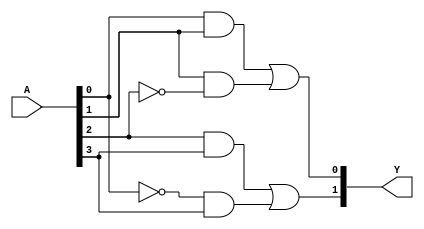
module FusedPAL (
    input wire [N-1:0] A,  // N-bit input vector
    output wire [M-1:0] Y  // M-bit output vector
);

// Parameters
parameter N = 4; // Number of inputs
parameter M = 2; // Number of outputs
parameter AND_TERMS = 4; // Number of fixed AND gates
parameter OR_TERMS = 2; // Number of programmable OR gates

// Fixed AND gates
wire [AND_TERMS-1:0] and_out;

// AND gate implementations
assign and_out[0] = A[0] & A[1];          // AND gate 1: A1 AND A2
assign and_out[1] = A[1] & ~A[2];         // AND gate 2: A2 AND NOT A3
assign and_out[2] = A[2] & A[3];          // AND gate 3: A3 AND A4
assign and_out[3] = ~A[0] & A[3];         // AND gate 4: NOT A1 AND A4

// Programmable OR gates
wire [OR_TERMS-1:0] or_out;

// OR gate implementations (programmable connections)
assign or_out[0] = and_out[0] | and_out[1]; // OR gate 1: AND gate 1 OR AND gate 2
assign or_out[1] = and_out[2] | and_out[3]; // OR gate 2: AND gate 3 OR AND gate 4

// Final outputs
assign Y[0] = or_out[0]; // Output Y1
assign Y[1] = or_out[1]; // Output Y2

endmodule